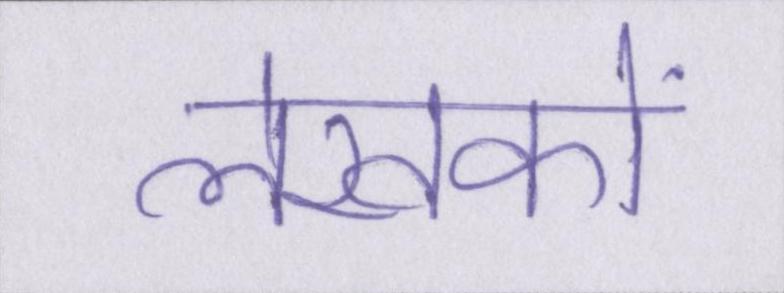
लेखकों